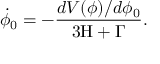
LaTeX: { \dot { \phi } } _ { 0 } = - \frac { d V ( \phi ) / d \phi _ { 0 } } { 3 \mathrm { H } + \Gamma } .